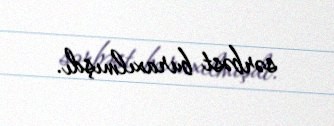
sərbəst buraxılmışdı.